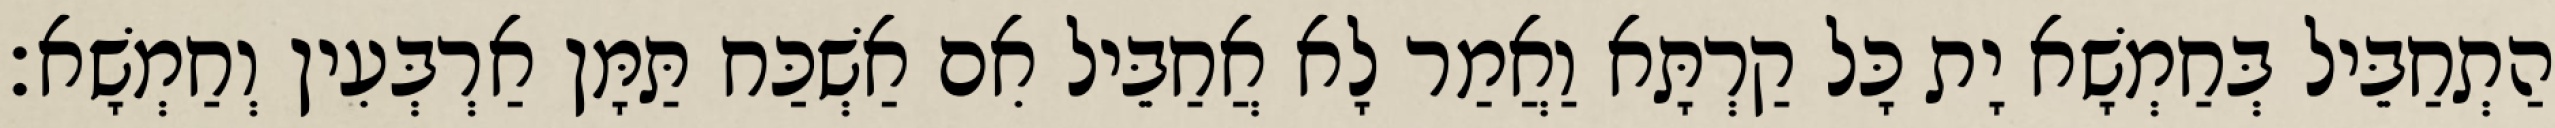
הַתְחַבֵּיל בְּחַמְשָׁא יָת כָּל קַרְתָּא וַאֲמַר לָא אֲחַבֵּיל אִם אַשְׁכַּח תַּמָּן אַרְבְּעִין וְחַמְשָׁא׃